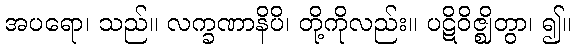
အပရော၊ သည်။ လက္ခဏာနိပိ၊ တို့ကိုလည်း။ ပဋိဝိဇ္ဈိတွာ၊ ၍။